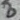
Text: 8